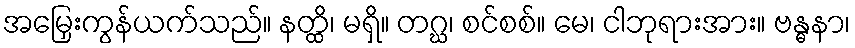
အမြှေးကွန်ယက်သည်။ နတ္ထိ၊ မရှိ။ တဂ္ဃ၊ စင်စစ်။ မေ၊ ငါဘုရားအား။ ဗန္ဓနာ၊